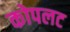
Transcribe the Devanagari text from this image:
कोपलट